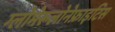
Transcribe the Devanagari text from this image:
ग्लोमेरूलोनेफ्राइटिस